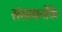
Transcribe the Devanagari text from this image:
संसाधनोंके